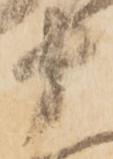
十